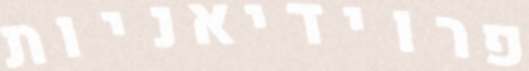
פרוידיאניות